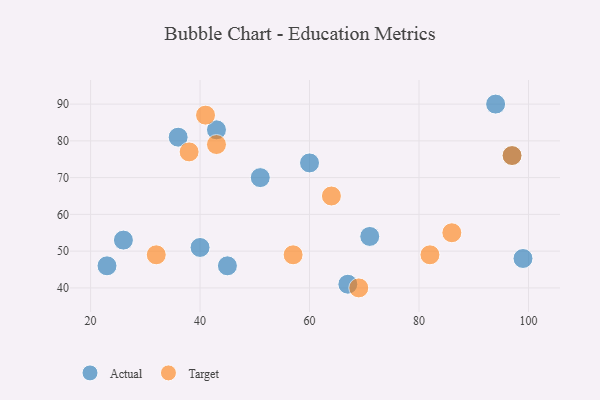
{"axis": {"x": "GDP", "y": "Life Expectancy"}, "legend": ["Actual", "Target"], "data": [{"x": "60", "y": 74, "type": "Actual"}, {"x": "45", "y": 46, "type": "Actual"}, {"x": "43", "y": 83, "type": "Actual"}, {"x": "71", "y": 54, "type": "Actual"}, {"x": "67", "y": 41, "type": "Actual"}, {"x": "36", "y": 81, "type": "Actual"}, {"x": "51", "y": 70, "type": "Actual"}, {"x": "23", "y": 46, "type": "Actual"}, {"x": "97", "y": 76, "type": "Actual"}, {"x": "40", "y": 51, "type": "Actual"}, {"x": "94", "y": 90, "type": "Actual"}, {"x": "99", "y": 48, "type": "Actual"}, {"x": "26", "y": 53, "type": "Actual"}, {"x": "64", "y": 65, "type": "Target"}, {"x": "43", "y": 79, "type": "Target"}, {"x": "57", "y": 49, "type": "Target"}, {"x": "38", "y": 77, "type": "Target"}, {"x": "97", "y": 76, "type": "Target"}, {"x": "86", "y": 55, "type": "Target"}, {"x": "41", "y": 87, "type": "Target"}, {"x": "82", "y": 49, "type": "Target"}, {"x": "32", "y": 49, "type": "Target"}, {"x": "69", "y": 40, "type": "Target"}]}